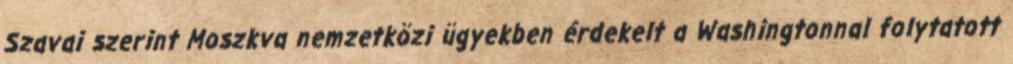
Szavai szerint Moszkva nemzetközi ügyekben érdekelt a Washingtonnal folytatott